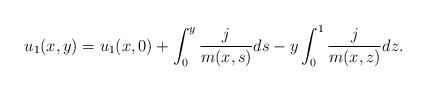
LaTeX: \begin{align*}\begin{aligned}u_1 (x,y )=u_1 (x,0 )+\int_{0}^{y}\frac{j}{m (x,s )}ds-y\int_0^1\frac{j}{m (x,z )}dz.\end{aligned}\end{align*}